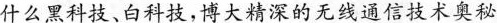
什么黑科技、白科技，博大精深的无线通信技术奥秘